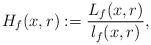
LaTeX: \begin{align*}H_f(x,r):=\frac{L_f(x,r)}{l_f(x,r)},\end{align*}